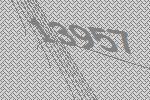
13957